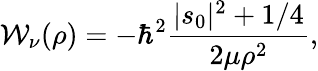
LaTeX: \mathcal{W}_{\nu}(\rho)=-\hbar^{2}\frac{{|s_{0}|^{2}+1/4}}{{2\mu\rho^{2}}},